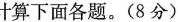
计算下面各题。(8分)